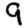
Digit: 9